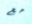
مع